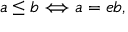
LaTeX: a \leq b \Longleftrightarrow a = e b ,